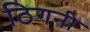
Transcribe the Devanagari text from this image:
ठिगनी